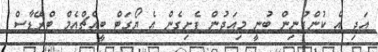
އަދި އެ ކުންފުނިން ބުނީ މިއަދުން ފެށިގެން އެ ޔޯގަޓް ބީއެޗްއެމް ޓްރޭޑާސް